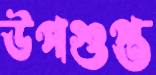
উপগুপ্ত